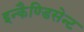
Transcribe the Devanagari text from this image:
इन्कैण्डिसेन्ट